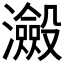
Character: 𭳮